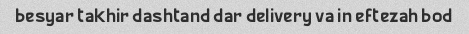
besyar takhir dashtand dar delivery va in eftezah bod